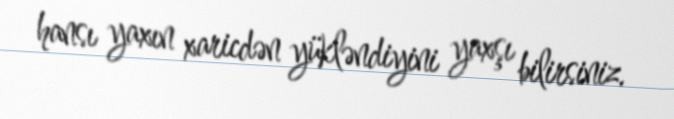
hansı yaxın xaricdən yükləndiyini yaxşı bilirsiniz.